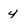
Character: 4